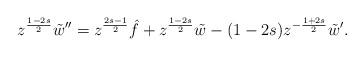
LaTeX: \begin{align*}z^{\frac{1-2s}{2}}\tilde{w}'' = z^{\frac{2s-1}{2}}\hat{f} + z^{\frac{1-2s}{2}}\tilde{w} - (1-2s)z^{- \frac{1+2s}{2}}\tilde{w}'.\end{align*}